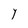
Character: Y